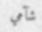
شآمي